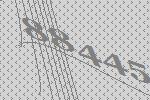
88445